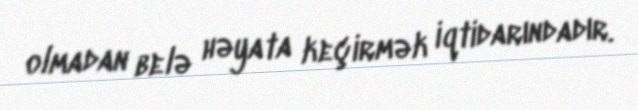
olmadan belə həyata keçirmək iqtidarındadır.